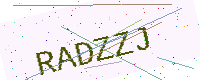
Text: RADZZJ